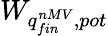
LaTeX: W_{q_{fin}^{nMV},pot}